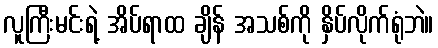
လူကြီးမင်းရဲ့ အိပ်ရာထ ချိန် အသစ်ကို နှိပ်လိုက်ရုံဘဲ။